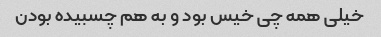
خیلی همه چی خیس بود و به هم چسبیده بودن